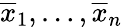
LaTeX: \overline{{x}}_{1},\ldots,\overline{{x}}_{n}